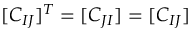
[ C _ { I J } ] ^ { T } = [ C _ { J I } ] = [ C _ { I J } ]